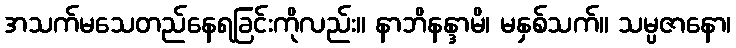
အသက်မသေတည်နေရခြင်းကိုလည်း။ နာဘိနန္ဒာမိ၊ မနှစ်သက်။ သမ္ပဇာနော၊